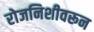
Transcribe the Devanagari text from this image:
रोजनिशीवरून